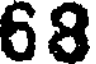
68